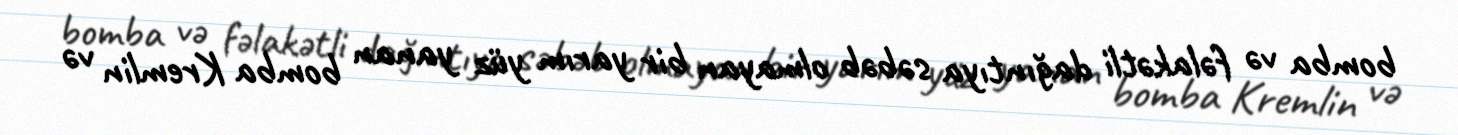
bomba və fəlakətli dağıntıya səbəb olmayan bir yarım yüz yanan bomba Kremlin və